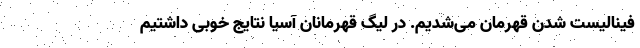
فینالیست شدن قهرمان می‌شدیم. در لیگ قهرمانان آسیا نتایج خوبی داشتیم